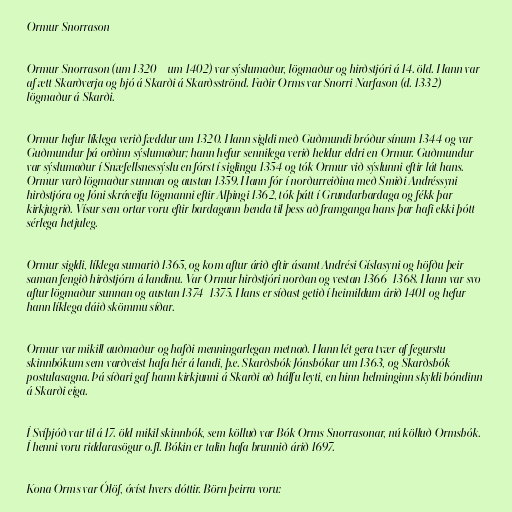
Ormur Snorrason

Ormur Snorrason (um 1320 – um 1402) var sýslumaður, lögmaður og hirðstjóri á 14. öld. Hann var
af ætt Skarðverja og bjó á Skarði á Skarðsströnd. Faðir Orms var Snorri Narfason (d. 1332)
lögmaður á Skarði.

Ormur hefur líklega verið fæddur um 1320. Hann sigldi með Guðmundi bróður sínum 1344 og var
Guðmundur þá orðinn sýslumaður; hann hefur sennilega verið heldur eldri en Ormur. Guðmundur
var sýslumaður í Snæfellsnessýslu en fórst í siglingu 1354 og tók Ormur við sýslunni eftir lát hans.
Ormur varð lögmaður sunnan og austan 1359. Hann fór í norðurreiðina með Smiði Andréssyni
hirðstjóra og Jóni skráveifu lögmanni eftir Alþingi 1362, tók þátt í Grundarbardaga og fékk þar
kirkjugrið. Vísur sem ortar voru eftir bardagann benda til þess að framganga hans þar hafi ekki þótt
sérlega hetjuleg.

Ormur sigldi, líklega sumarið 1365, og kom aftur árið eftir ásamt Andrési Gíslasyni og höfðu þeir
saman fengið hirðstjórn á landinu. Var Ormur hirðstjóri norðan og vestan 1366–1368. Hann var svo
aftur lögmaður sunnan og austan 1374–1375. Hans er síðast getið í heimildum árið 1401 og hefur
hann líklega dáið skömmu síðar.

Ormur var mikill auðmaður og hafði menningarlegan metnað. Hann lét gera tvær af fegurstu
skinnbókum sem varðveist hafa hér á landi, þ.e. Skarðsbók Jónsbókar um 1363, og Skarðsbók
postulasagna. Þá síðari gaf hann kirkjunni á Skarði að hálfu leyti, en hinn helminginn skyldi bóndinn
á Skarði eiga.

Í Svíþjóð var til á 17. öld mikil skinnbók, sem kölluð var Bók Orms Snorrasonar, nú kölluð Ormsbók.
Í henni voru riddarasögur o.fl. Bókin er talin hafa brunnið árið 1697.

Kona Orms var Ólöf, óvíst hvers dóttir. Börn þeirra voru: